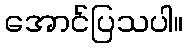
အောင်ပြသပါ။